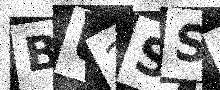
Text: BU2SS9